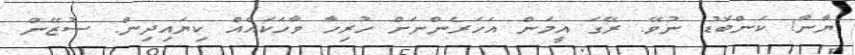
ޔާނާ! ކަންބޮޑު ނުވޭ. ރޭގަ އީމަން އަހަރެންނަށް ހުރިހާ ވާހަކައެއް ކިޔައިދިން. ސުޒޭން